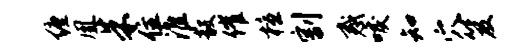
缠凰朱住淮毅催檀割惑唳知穴笈